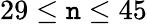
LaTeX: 29\leq\mathtt{n}\leq45